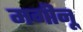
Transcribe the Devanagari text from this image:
मगीनू